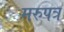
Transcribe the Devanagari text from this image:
मरुपत्र